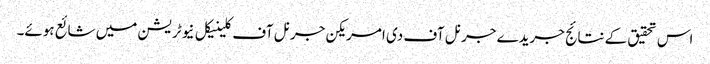
اس تحقیق کے نتائج جریدے جرنل آف دی امریکن جرنل آف کلینیکل نیوٹریشن میں شائع ہوئے۔